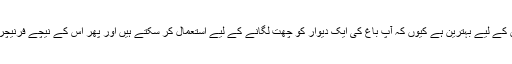
یہ چھوٹی جگہوں کے لیے بہترین ہے کیوں کہ آپ باغ کی ایک دیوار کو چھت لگانے کے لیے استعمال کر سکتے ہیں اور پھر اِس کے نیچے فرنیچر رکھ سکتے ہیں۔